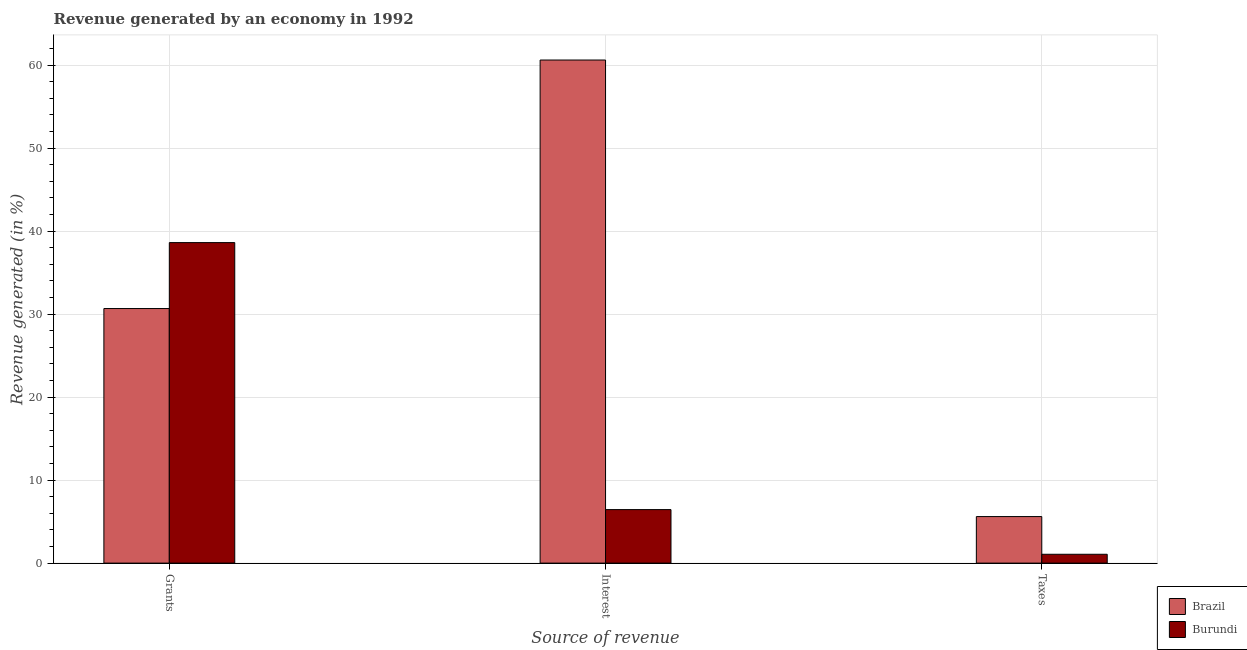
| Source of revenue | Brazil | Burundi |
 | --- | --- | --- |
 | Grants | 30.7 | 38.6 |
 | Interest | 60.6 | 6.45 |
 | Taxes | 5.61 | 1.06 |